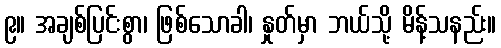
၉။ အချစ်ပြင်းစွာ၊ ဖြစ်သောခါ၊ နှုတ်မှာ ဘယ်သို့ မိန့်သနည်း။